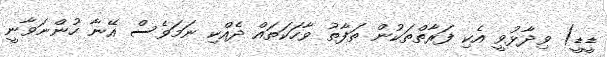
ޑީޑީ) ވިދާޅުވީ އެކި ފަރާތްތަކުން ތަފާތު ވާހަކަތައް ދެއްކި ނަމަވެސް އޭނާ ހުންނަވާނީ